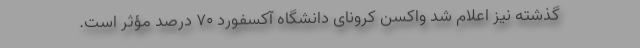
گذشته نیز اعلام شد واکسن کرونای دانشگاه آکسفورد ۷۰ درصد مؤثر است.